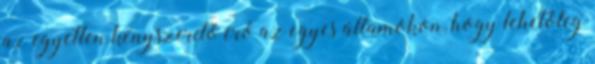
az egyetlen kényszerítő erő az egyes államokon, hogy lehetőleg